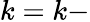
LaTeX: k=k-